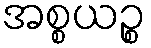
အစ္စယဉ္စ